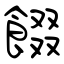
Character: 餟